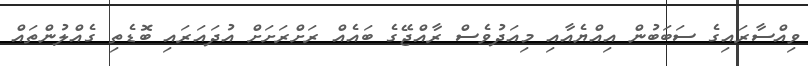
ވިއްސާރައިގެ ސަބަބުން އިއްޔެއާއި މިއަދުވެސް ރާއްޖޭގެ ބައެއް ރަށްރަށަށް އުދައަރައި ބޮޑެތި ގެއްލުންތައް